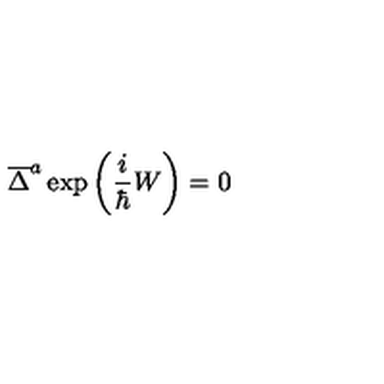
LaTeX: \overline { { \Delta } } ^ { a } \exp \left( \frac i \hbar W \right) = 0